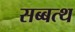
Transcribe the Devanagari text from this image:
सब्बत्थ